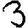
Digit: 3